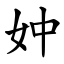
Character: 妕